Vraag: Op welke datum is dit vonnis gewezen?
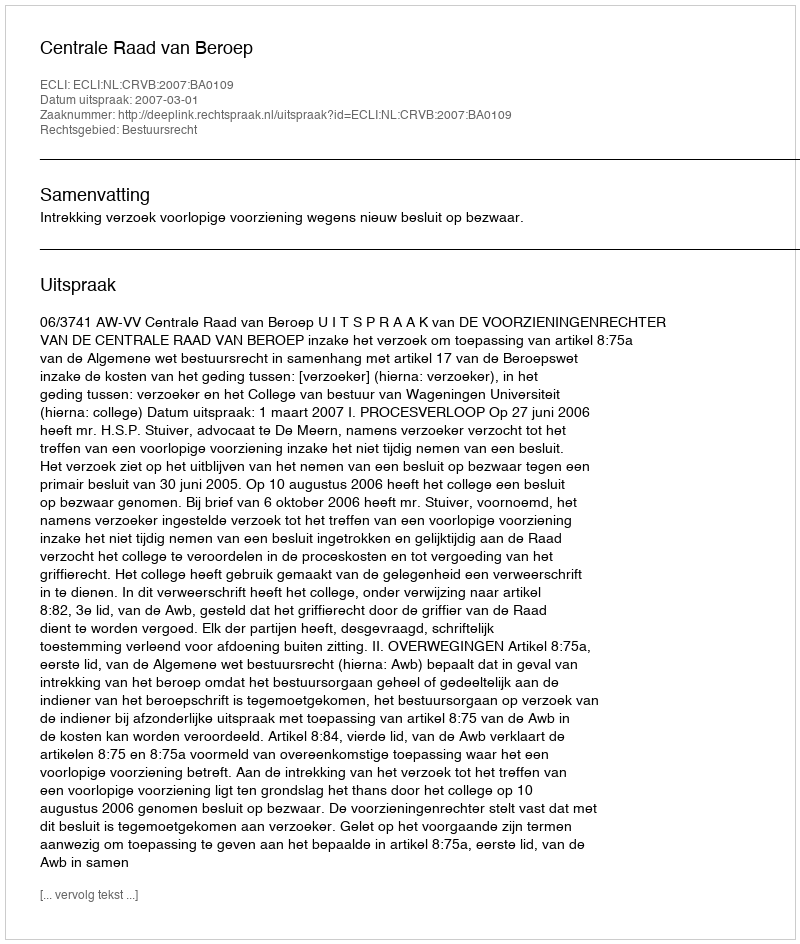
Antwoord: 2007-03-01